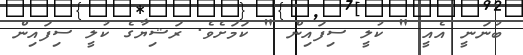
ބުނަނީ އެއީ " ކުލީ ސިފައިން " ކަމަށެވެ. ރަޝިޔާގެ ކުލީ ސިފައިން